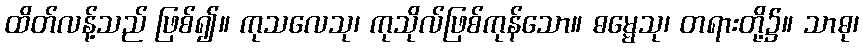
ထိတ်လန့်သည် ဖြစ်၍။ ကုသလေသု၊ ကုသိုလ်ဖြစ်ကုန်သော။ ဓမ္မေသု၊ တရားတို့၌။ သာဓု၊